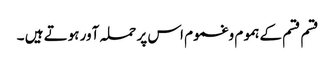
قسم قسم کےہموم وغموم اس پر حملہ آور ہوتے ہیں ۔